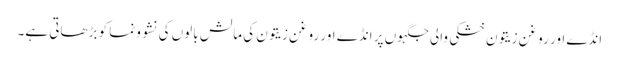
انڈے اور روغن زیتون خشکی والی جگہوں پر انڈے اور روغن زیتون کی مالش بالوں کی نشوونما کو بڑھاتی ہے۔